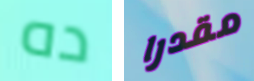
ده مقدرا